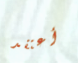
أعتقد